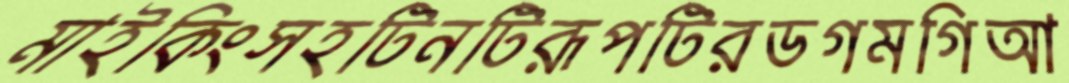
মাইকিংসহটিনটিরূপটিরডগমগিআ